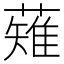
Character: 薙